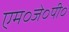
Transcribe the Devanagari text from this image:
एम०जे०पी०